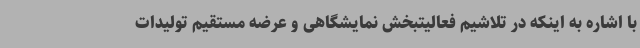
با اشاره به اینکه در تلاشیم فعالیتبخش نمایشگاهی و عرضه مستقیم تولیدات